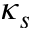
\kappa _ { s }